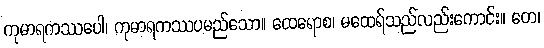
ကုမာရကဿပေါ၊ ကုမာရကဿပမည်သော။ ထေရောစ၊ မထေရ်သည်လည်းကောင်း။ တေ၊